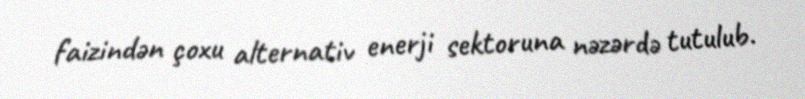
faizindən çoxu alternativ enerji sektoruna nəzərdə tutulub.